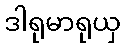
ဒါရုမာရုယှ